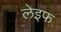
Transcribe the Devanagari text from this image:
लेइफ